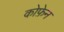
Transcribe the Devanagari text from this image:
कोफ़ेन